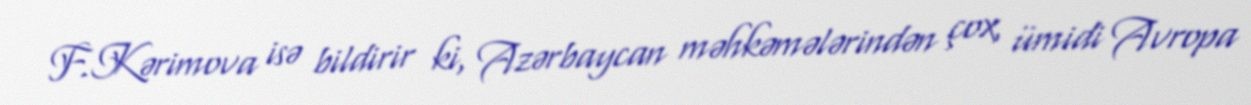
F.Kərimova isə bildirir ki, Azərbaycan məhkəmələrindən çox, ümidi Avropa